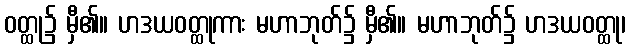
ဝတ္ထု၌ မှီ၏။ ဟဒယဝတ္ထုကား မဟာဘုတ်၌ မှီ၏။ မဟာဘုတ်၌ ဟဒယဝတ္ထု၊